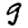
Digit: 9